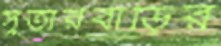
সুতারবাড়ির